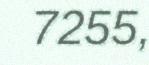
7255,